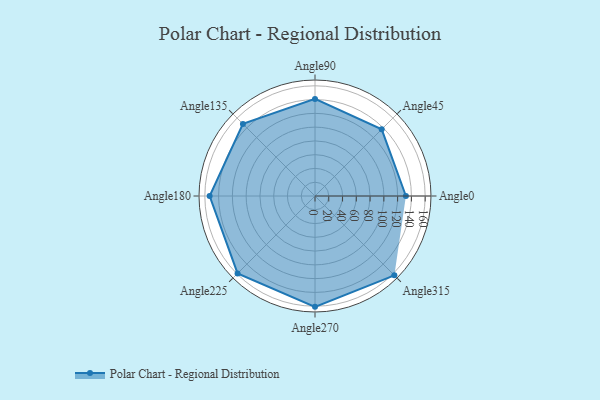
{"axis": {"x": "Angle", "y": "Radius"}, "legend": [""], "data": [{"x": "Angle0", "y": 132.0, "type": ""}, {"x": "Angle45", "y": 137.0, "type": ""}, {"x": "Angle90", "y": 141.0, "type": ""}, {"x": "Angle135", "y": 148.0, "type": ""}, {"x": "Angle180", "y": 153.0, "type": ""}, {"x": "Angle225", "y": 159.0, "type": ""}, {"x": "Angle270", "y": 161.0, "type": ""}, {"x": "Angle315", "y": 163.0, "type": ""}]}